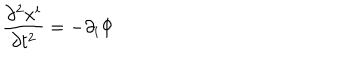
\frac { \partial ^ { 2 } x ^ { i } } { \partial t ^ { 2 } } = - \partial _ { i } \Phi